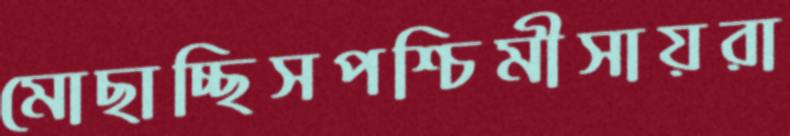
মোছাচ্ছিসপশ্চিমীসায়রা